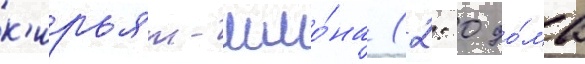
к'ирьят-шмо́на (2: 0 до́ма